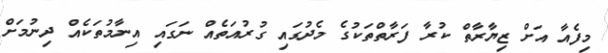
މިފެއާ އަށް ޒިޔާރާތް ކުރާ ފަރާތްތަކުގެ މެދުގައި ގުރުއަތެއް ނަގައި އިނާމުތަކެއް ދިނުމަށް